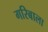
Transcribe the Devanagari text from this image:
गरिबाला